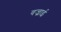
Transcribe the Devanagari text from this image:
वज्राई